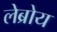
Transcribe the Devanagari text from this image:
लेब्रोय